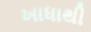
ખાધાથી